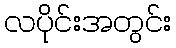
လပိုင်းအတွင်း